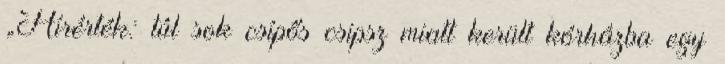
„Hírérték: túl sok csípős csipsz miatt került kórházba egy